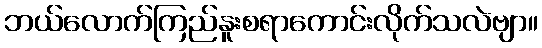
ဘယ်လောက်ကြည်နူးစရာကောင်းလိုက်သလဲဗျာ။